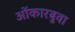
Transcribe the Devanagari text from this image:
ओंकारबुवा